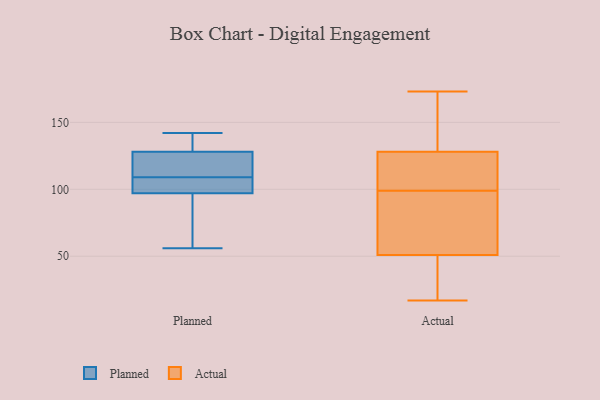
{"axis": {"x": "Bounce Rate (%)", "y": "Value"}, "legend": ["Actual", "Planned"], "data": [{"x": "", "y": 97, "type": "Planned"}, {"x": "", "y": 81, "type": "Planned"}, {"x": "", "y": 135, "type": "Planned"}, {"x": "", "y": 128, "type": "Planned"}, {"x": "", "y": 109, "type": "Planned"}, {"x": "", "y": 56, "type": "Planned"}, {"x": "", "y": 97, "type": "Planned"}, {"x": "", "y": 109, "type": "Planned"}, {"x": "", "y": 142, "type": "Planned"}, {"x": "", "y": 113, "type": "Planned"}, {"x": "", "y": 17, "type": "Actual"}, {"x": "", "y": 19, "type": "Actual"}, {"x": "", "y": 137, "type": "Actual"}, {"x": "", "y": 100, "type": "Actual"}, {"x": "", "y": 98, "type": "Actual"}, {"x": "", "y": 173, "type": "Actual"}, {"x": "", "y": 151, "type": "Actual"}, {"x": "", "y": 104, "type": "Actual"}, {"x": "", "y": 96, "type": "Actual"}, {"x": "", "y": 51, "type": "Actual"}, {"x": "", "y": 18, "type": "Actual"}, {"x": "", "y": 55, "type": "Actual"}, {"x": "", "y": 127, "type": "Actual"}, {"x": "", "y": 128, "type": "Actual"}]}